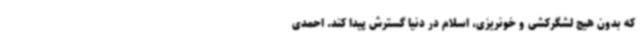
که بدون هیچ لشگرکشی و خونریزی، اسلام در دنیا گسترش پیدا کند. احمدی